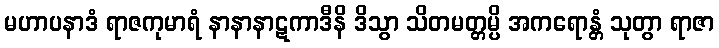
မဟာပနာဒံ ရာဇကုမာရံ နာနာနာဋကာဒီနိ ဒိသွာ သိတမတ္တမ္ပိ အကရောန္တံ သုတွာ ရာဇာ